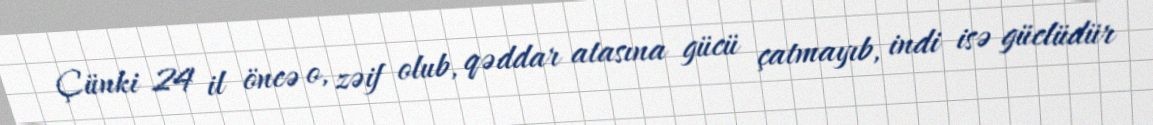
Çünki 24 il öncə o, zəif olub, qəddar atasına gücü çatmayıb, indi isə güclüdür